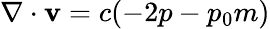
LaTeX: \mathbf{\nabla\cdot v}=c(-2p-p_{0}m)